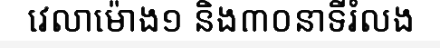
វេលាម៉ោង១ និង៣០នាទីរំលង